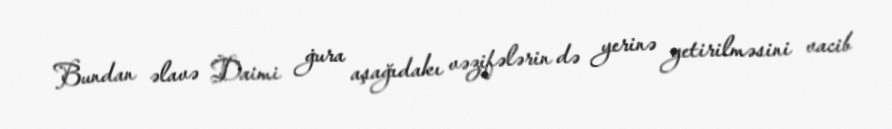
Bundan əlavə Daimi ġura aşağıdakı vəzifələrin də yerinə yetirilməsini vacib